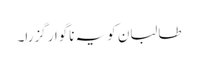
طالبان کو یہ ناگوار گزرا۔